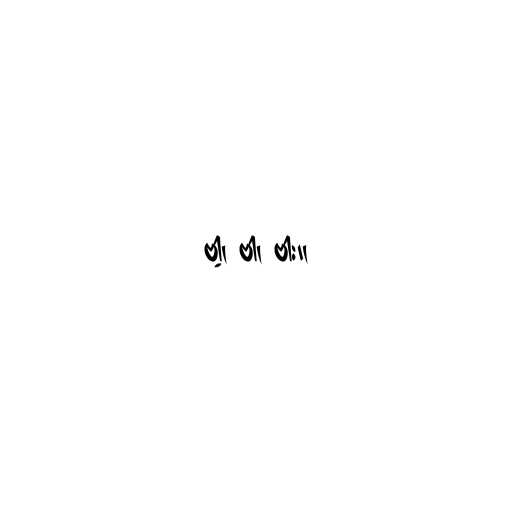
ဗါ့၊ ဗါ၊ ဗါး။